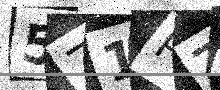
Text: 571PZB